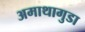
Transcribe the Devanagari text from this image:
अमाथागुडा